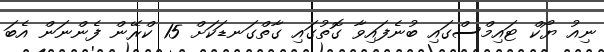
ނިއު ޔޯކް ޓައިމްސްގައި ބުނެފައިވާ ގޮތުގައި ގާތްގަނޑަކަށް 15 ކްރޭން ފެންނަން އެބަ